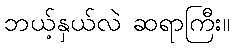
ဘယ့်နှယ်လဲ ဆရာကြီး။